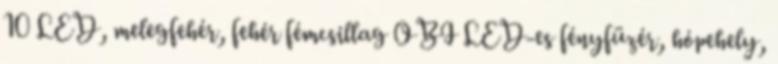
10 LED, melegfehér, fehér fémcsillag OBI LED-es fényfüzér, hópehely,